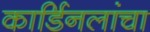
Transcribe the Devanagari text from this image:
कार्डिनलांचा